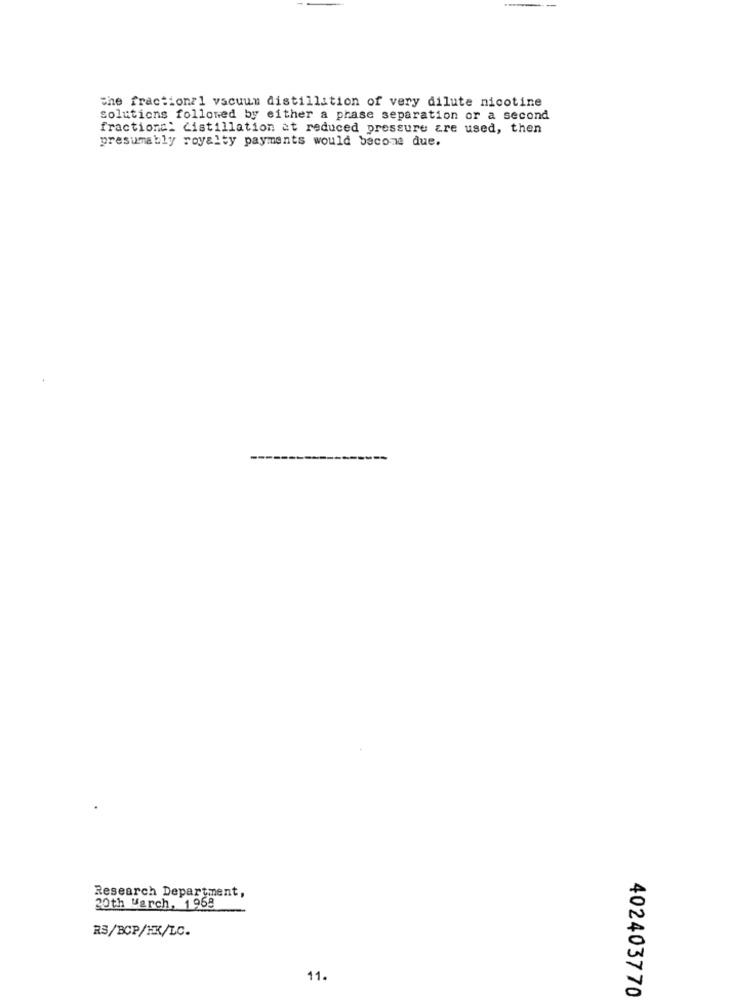
The fractional vacuum distillation of very dilute nicotine
solutions followed by either a phase separation or a second
fractiona: distillation at reduced pressure are used, then
presumably royalty payments would become due.
Research Department,
20th March, 1968
RS/BCP/HK/LC.
11.
402403770